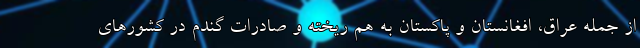
از جمله عراق، افغانستان و پاکستان به هم ریخته و صادرات گندم در کشورهای